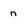
Character: n